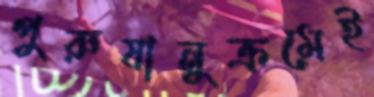
পুরুষানুক্রমেই